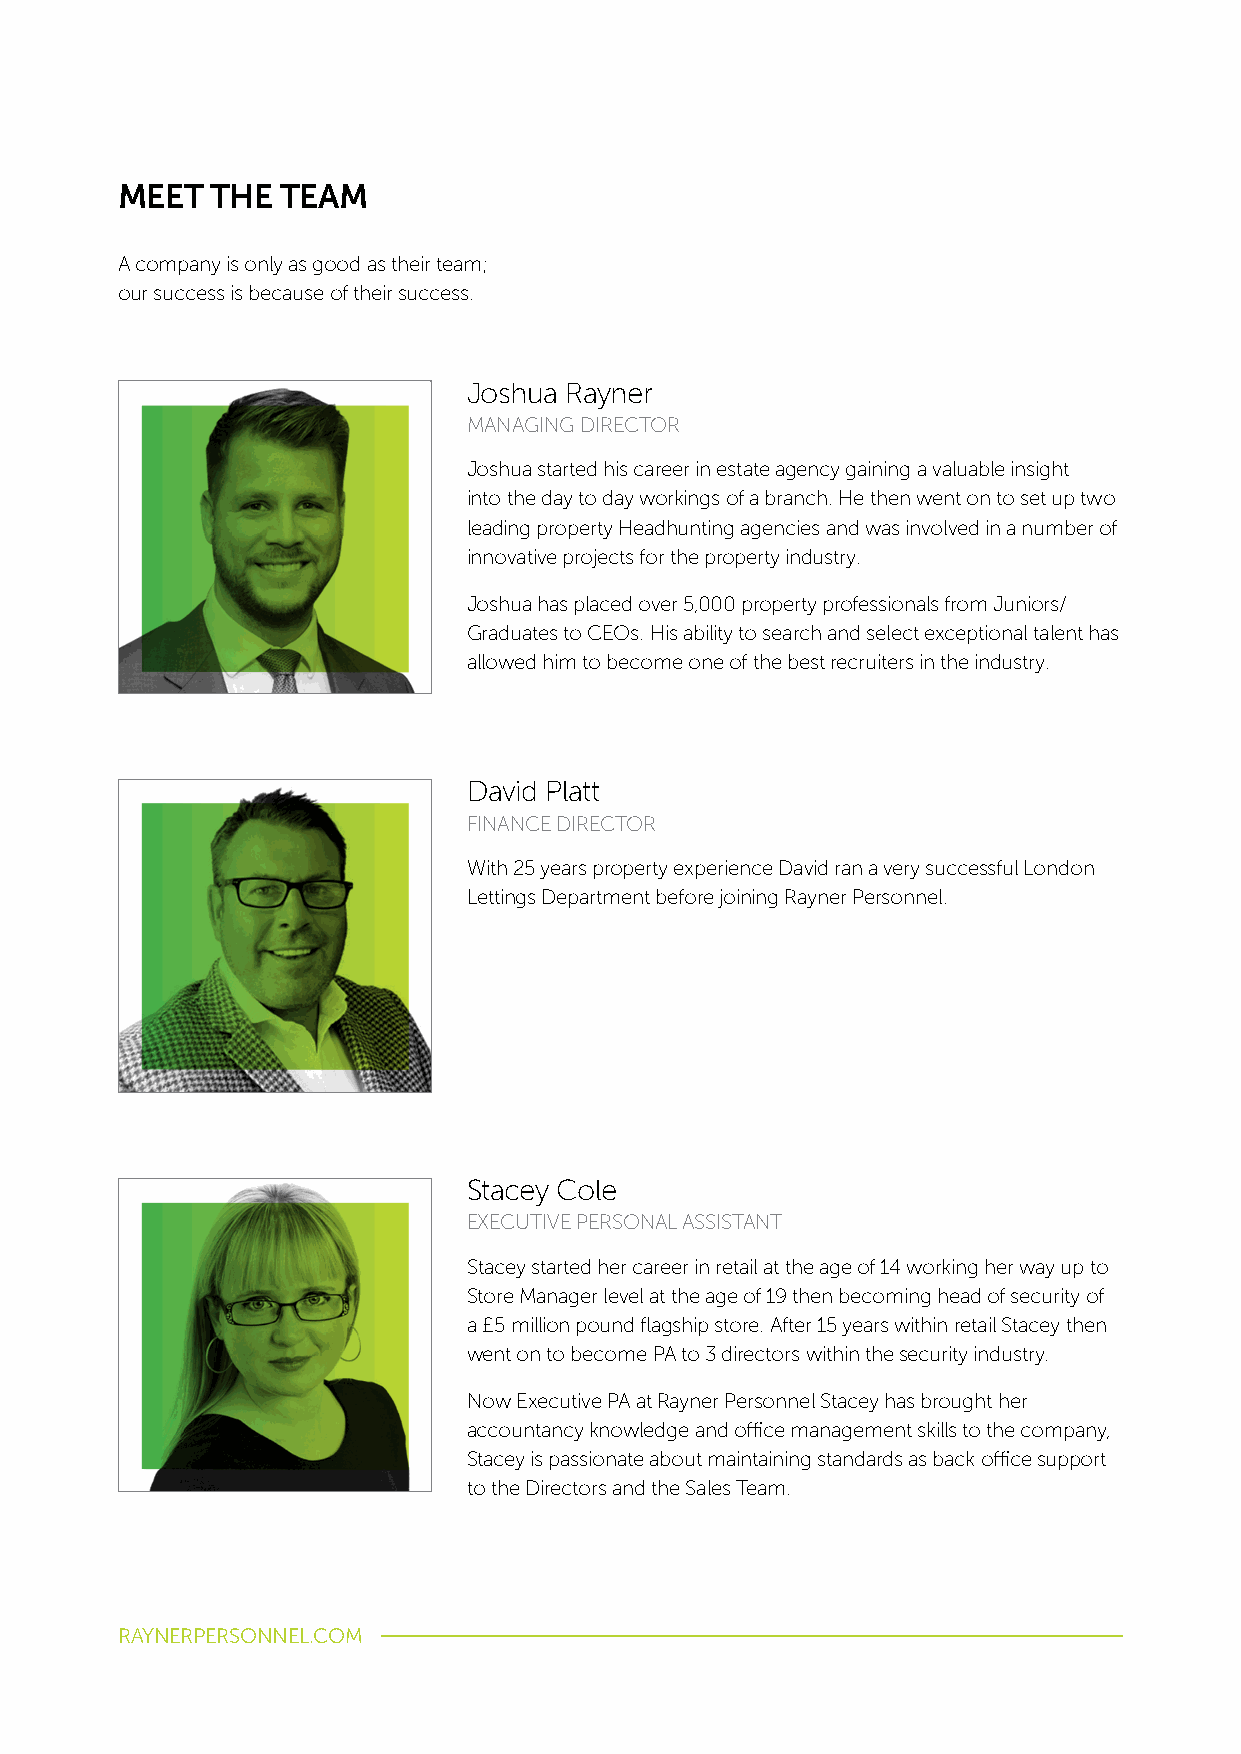
MEET  THE  TEAM
 A company is only as good as their team;
 our success is because of their success.
 Joshua Rayner
 MANAGING DIRECTOR
 Joshua started his career in estate agency gaining a valuable insight
 into the day to day workings of a branch. He then went on to set up two
 leading property Headhunting agencies and was involved in a number of
 innovative projects for the property industry.
 Joshua has placed over 5,000 property professionals from Juniors/
 Graduates to CEOs. His ability to search and select exceptional talent has
 allowed him to become one of the best recruiters in the industry.
 David Platt
 FINANCE DIRECTOR
 With 25 years property experience David ran a very successful London
 Lettings Department before joining Rayner Personnel.
 Stacey Cole
 EXECUTIVE PERSONAL ASSISTANT
 Stacey started her career in retail at the age of 14 working her way up to
 Store Manager level at the age of 19 then becoming head of security of
 a £5 million pound flagship store. After 15 years within retail Stacey then
 went on to become PA to 3 directors within the security industry.
 Now Executive PA at Rayner Personnel Stacey has brought her
 accountancy knowledge and office management skills to the company,
 Stacey is passionate about maintaining standards as back office support
 to the Directors and the Sales Team.
 RAYNERPERSONNEL.COM